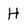
Character: H